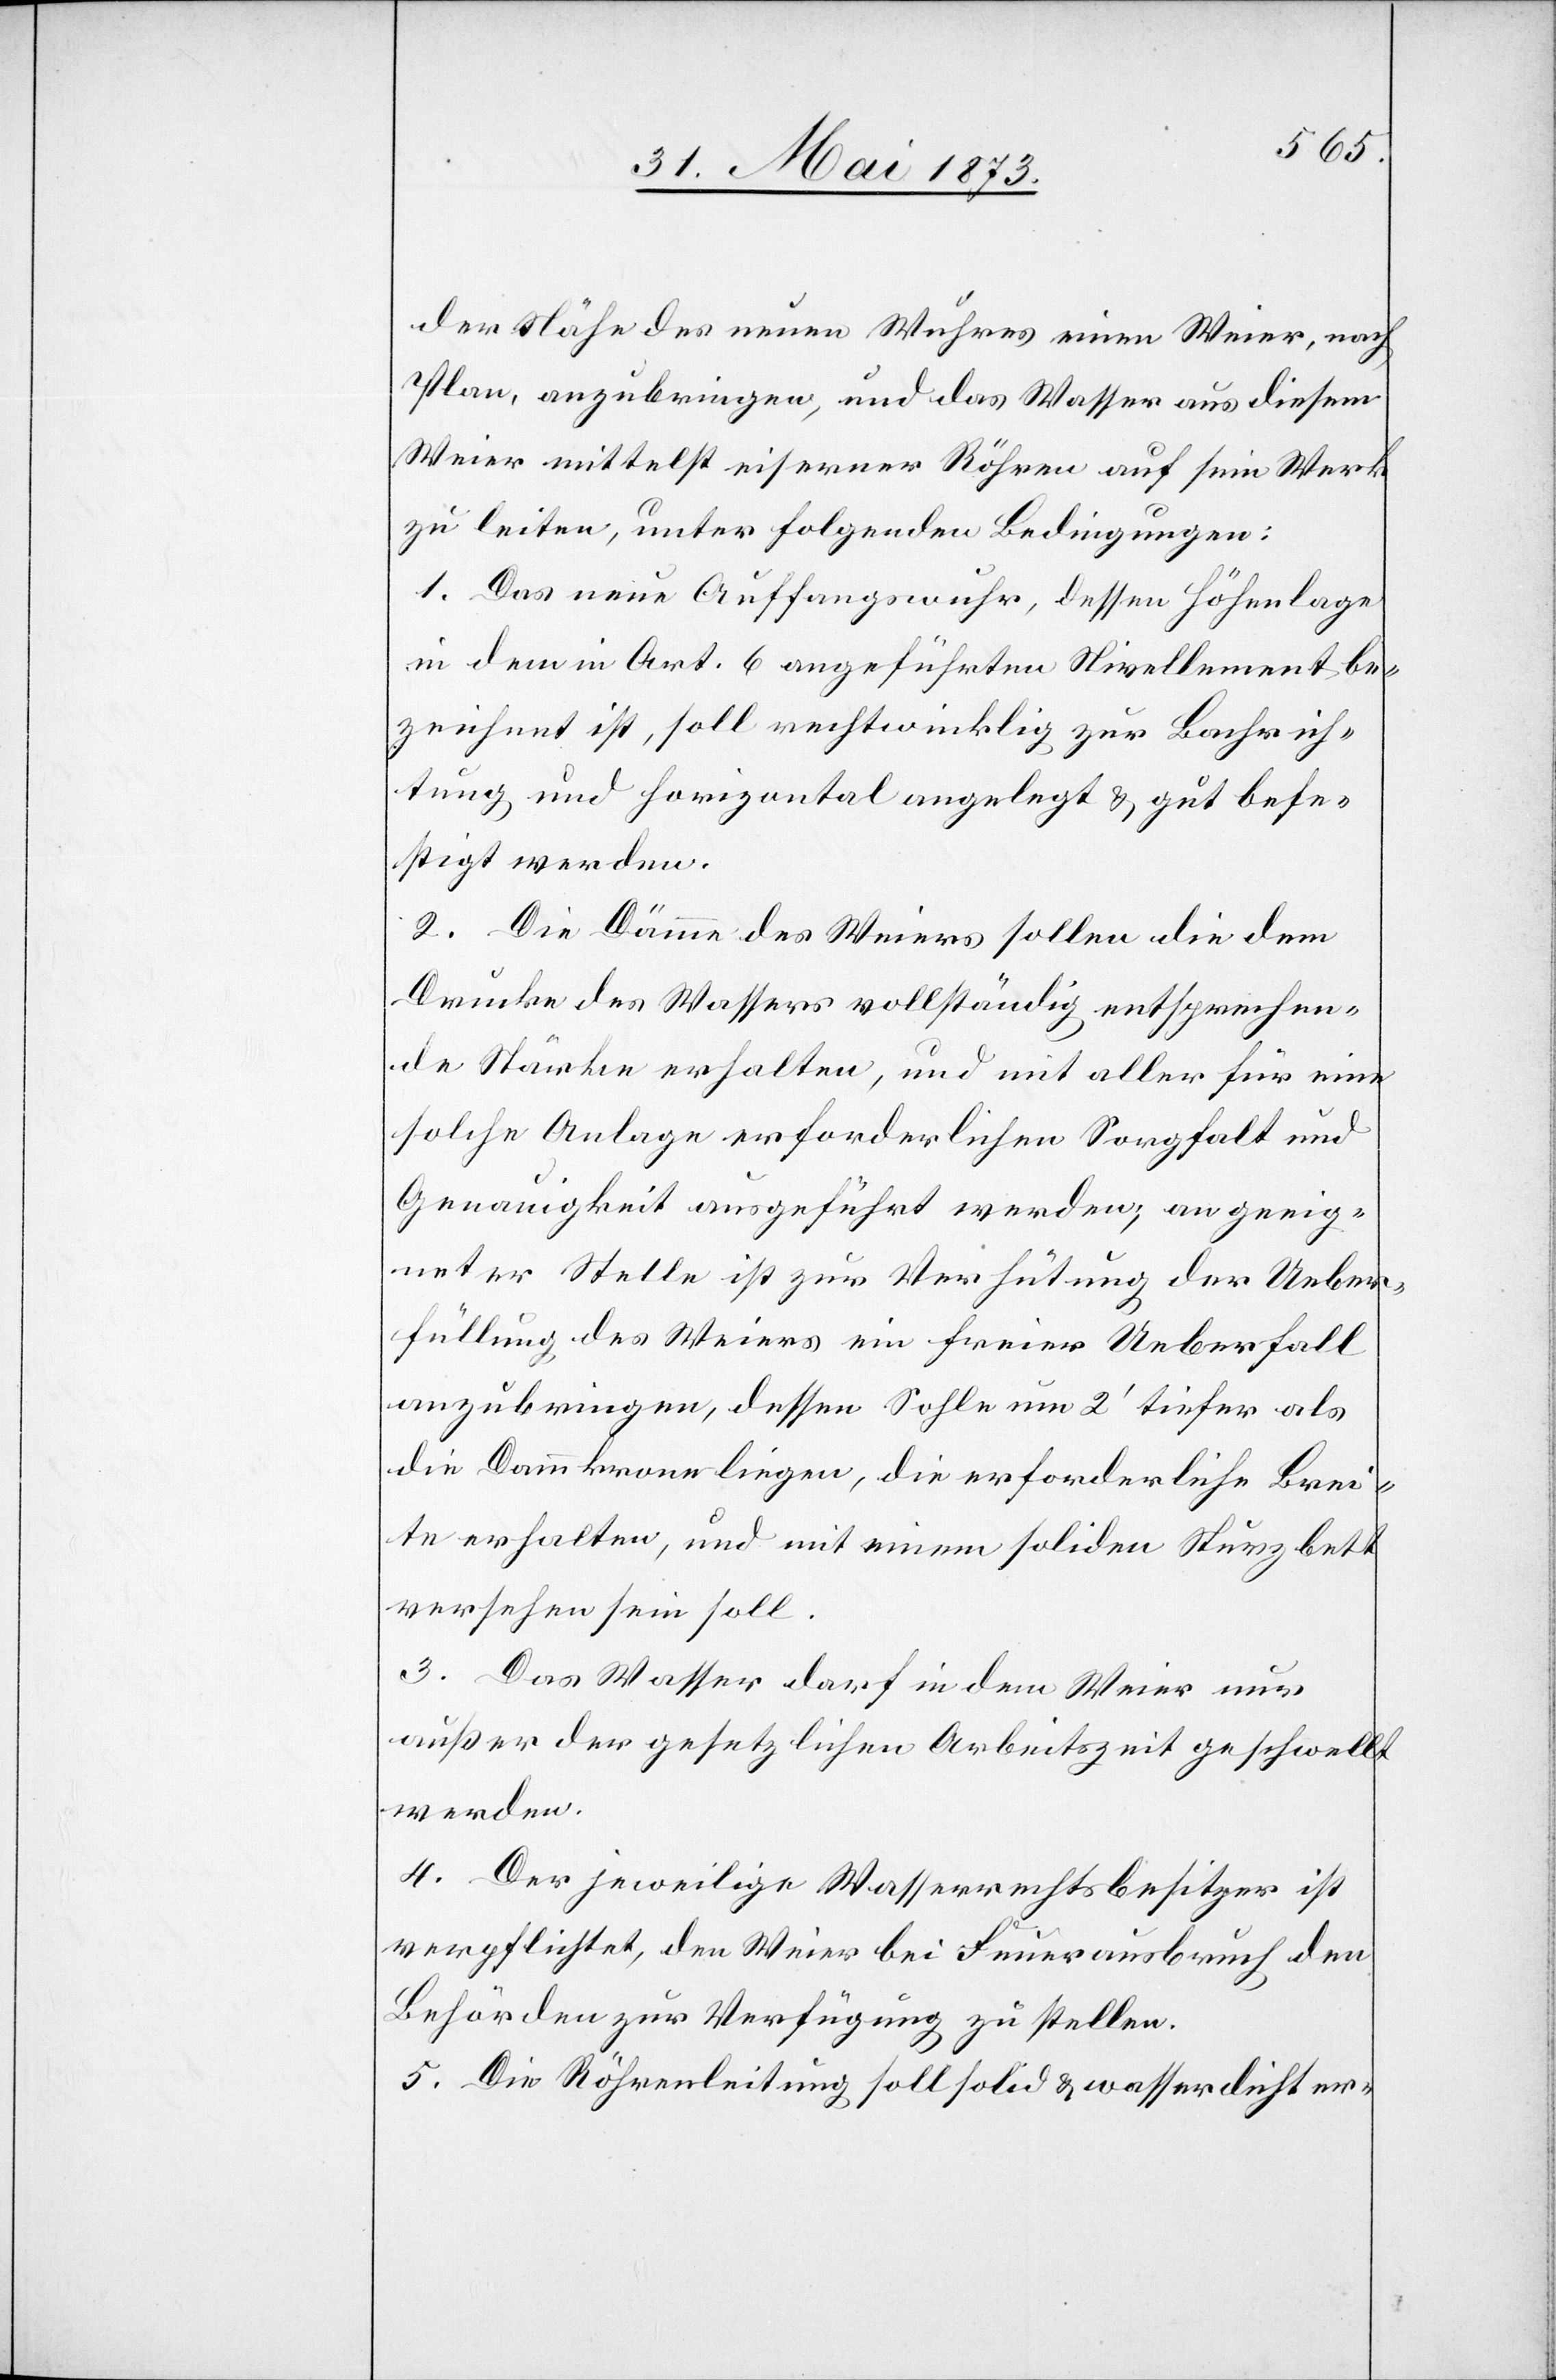
der Nähe des neuen Wuhres einen Weier, nach
Plan, anzubringen, und das Wasser aus diesem
Weier mittelst eiserner Röhren auf sein Werk
zu leiten, unter folgenden Bedingungen:
1. Das neue Auffangswuhr, dessen Höhenlage
in dem in Art. 6 angeführten Nivellement be¬
zeichnet ist, soll rechtwinklig zur Bachrich¬
tung und horizontal angelegt & gut befe¬
stigt werden.
2. Die Dämme des Weiers sollen die dem
Drucke des Wasser vollständig entsprechen¬
de Stärke erhalten, und mit aller für eine
solche Anlage erforderlichen Sorgfalt und
Genauigkeit ausgeführt werden; an geeig¬
neter Stelle ist zur Verhütung der Ueber¬
füllung des Weiers ein freier Ueberfall
anzubringen, dessen Sohle um 2‘ tiefer als
die Dammkrone liegen, die erforderliche Brei¬
te erhalten, und mit einem soliden Sturzbett
versehen sein soll.
3. Das Wasser darf in dem Weier nur
außer der gesetzlichen Arbeitszeit geschwellt
werden.
4. Der jeweilige Wasserrechtsbesitzer ist
verpflichtet, den Weier bei Feuerausbruch den
Behörden zur Verfügung zu stellen.
5. Die Röhrenleitung soll solid & wasserdicht er-